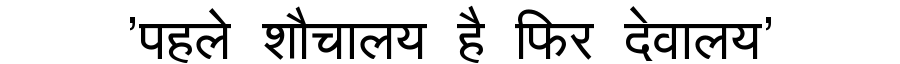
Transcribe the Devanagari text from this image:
'पहले शौचालय है फिर देवालय'